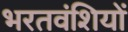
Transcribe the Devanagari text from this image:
भरतवंशियों